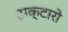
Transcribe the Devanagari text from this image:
डाक्टारो